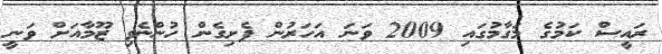
ރައީސް ކަމުގެ މަގާމުގައި 2009 ވަނަ އަހަރުން ފެށިގެން ހުންނެވި ޒޫމާއަށް ވަނީ